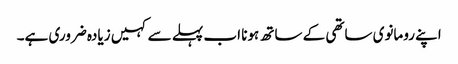
اپنے رومانوی ساتھی کے ساتھ ہونا اب پہلے سے کہیں زیادہ ضروری ہے۔